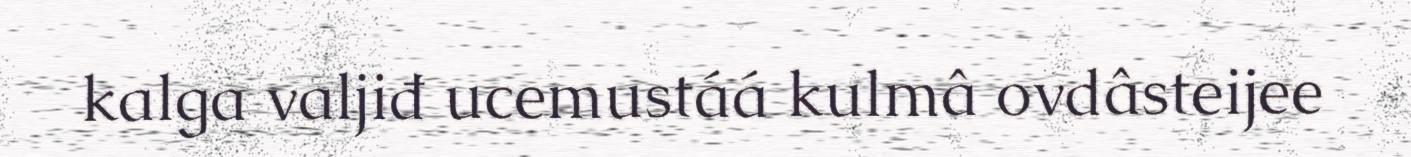
kalga valjiđ ucemustáá kulmâ ovdâsteijee